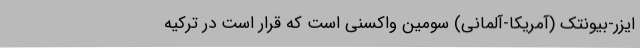
ایزر-بیونتک (آمریکا-آلمانی) سومین واکسنی است که قرار است در ترکیه